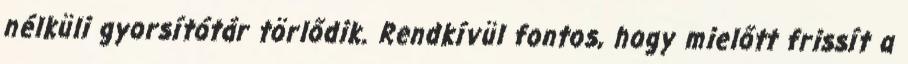
nélküli gyorsítótár törlődik. Rendkívül fontos, hogy mielőtt frissít a